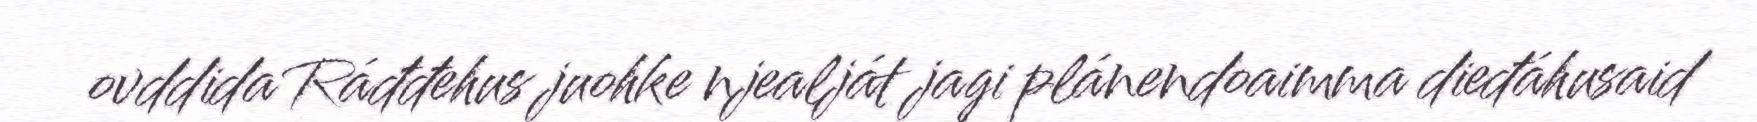
ovddida Ráđđehus juohke njealját jagi plánendoaimma dieđáhusaid